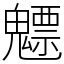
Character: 魒